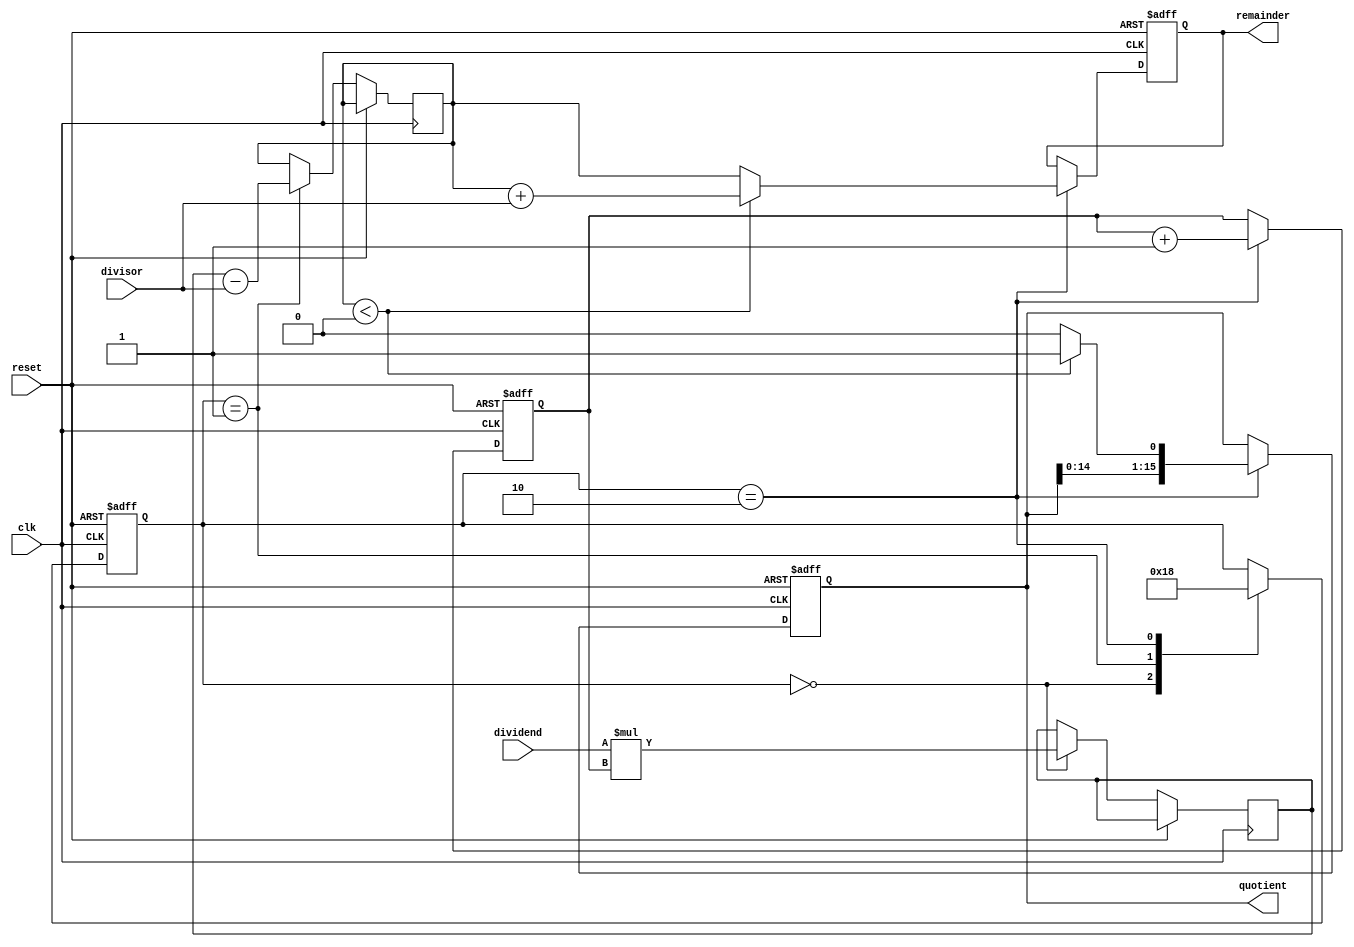
module synchronous_divider (
  input clk,
  input reset,
  input [15:0] dividend,
  input [15:0] divisor,
  output reg [15:0] quotient,
  output reg [15:0] remainder
);

reg [15:0] partial_product;
reg [15:0] subtractor_output;
reg [3:0] count;
reg [1:0] state;

always @(posedge clk or posedge reset) begin
  if (reset) begin
    quotient <= 16'h0;
    remainder <= 16'h0;
    count <= 4'b0;
    state <= 2'b00;
  end else begin
    case(state)
      2'b00: begin // multiply
        partial_product <= dividend * count;
        state <= 2'b01;
      end
      2'b01: begin // subtract
        subtractor_output <= partial_product - divisor;
        state <= 2'b10;
      end
      2'b10: begin // update
        if (subtractor_output < 16'h0) begin
          quotient <= {quotient, 1'b1};
          remainder <= subtractor_output + divisor;
        end else begin
          quotient <= {quotient, 1'b0};
          remainder <= subtractor_output;
        end
        
        count <= count + 1;
        if (count == 4'b1111) begin
          state <= 2'b00;
        end else begin
          state <= 2'b00;
        end
      end
    endcase
  end
end

endmodule